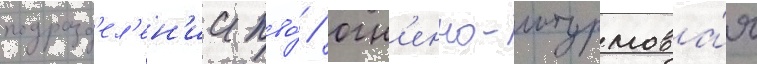
подразд'ел'ен'ии пво́ / огн'енно-штурмова́я